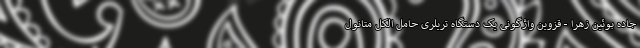
جاده بوئین زهرا - قزوین واژگونی یک دستگاه تریلری حامل الکل متانول